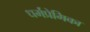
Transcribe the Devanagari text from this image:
धर्मप्रेमिका